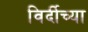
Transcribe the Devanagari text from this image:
विर्दीच्या